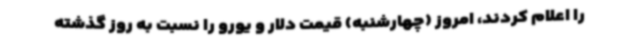
را اعلام کردند، امروز (چهارشنبه) قیمت دلار و یورو را نسبت به روز گذشته